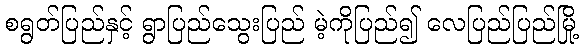
စရွတ်ပြည်နှင့် ရွာပြည်သွေးပြည် မဲ့ကိုပြည်၍ လေပြည်ပြည်မြို့